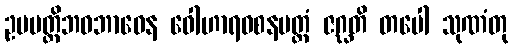
ဥပပတ္တိဘဝဘာဝေန ဝေါဟာရဝစနမတ္တံ ဇဂ္ဃတိ တပေါ သုဏံတု